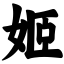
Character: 姬